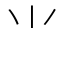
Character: ⺌